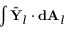
\int \bar { \mathbf { Y } } _ { l } \cdot \mathbf { d A } _ { l }